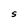
Character: S